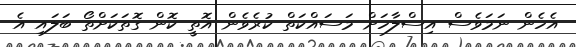
އެހެން ނަމަވެސް އިސްލާހަށް މަސައްކަތް ކުރެވެން އޮތީ ކޮން ގޮތަކަށްތޯ ބަލައި އެ